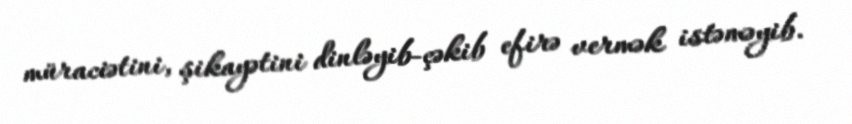
müraciətini, şikayətini dinləyib-çəkib efirə vermək istəməyib.